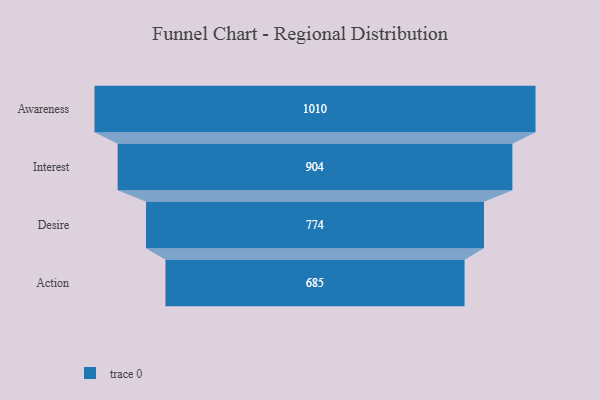
{"axis": {"x": "Stage", "y": "Value"}, "legend": [""], "data": [{"x": "Awareness", "y": 1010.0, "type": ""}, {"x": "Interest", "y": 904.0, "type": ""}, {"x": "Desire", "y": 774.0, "type": ""}, {"x": "Action", "y": 685.0, "type": ""}]}